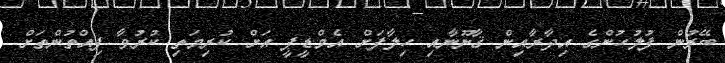
ބޭރުން ފުލުހުންގެ އިދާރާއިން ޤާނޫނާއި ހިލާފަށް އެމްޑީޕީ އަށް ކުރިމަތި ކުރުވާ ފިއްތުންތަށް